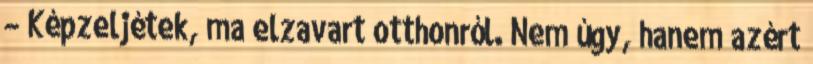
– Képzeljétek, ma elzavart otthonról. Nem úgy, hanem azért